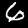
Digit: 6